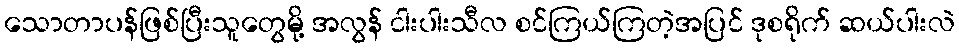
သောတာပန်ဖြစ်ပြီးသူတွေမို့ အလွန် ငါးပါးသီလ စင်ကြယ်ကြတဲ့အပြင် ဒုစရိုက် ဆယ်ပါးလဲ